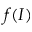
f ( I )